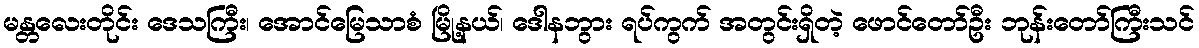
မန္တလေးတိုင်း ဒေသကြီး၊ အောင်မြေသာစံ မြို့နယ်၊ ဒေါနဘွား ရပ်ကွက် အတွင်းရှိတဲ့ ဖောင်တော်ဦး ဘုန်းတော်ကြီးသင်